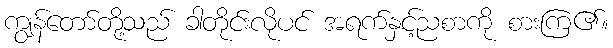
ကျွန်တော်တို့သည် ခါတိုင်းလိုပင် အရက်နှင့်ညစာကို စားကြ၏။